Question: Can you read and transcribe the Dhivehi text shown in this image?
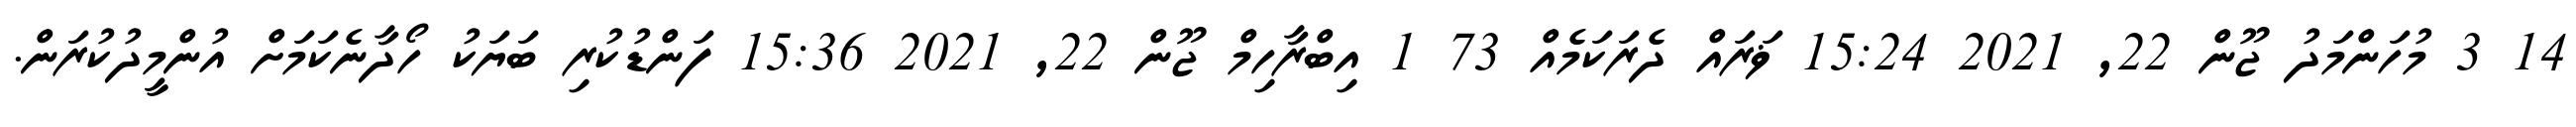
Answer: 14 3 މުހަންމަދު ޖޫން 22, 2021 15:24 ޥަރައް ދެރަކަމެއް 73 1 އިބްރާހިމް ޖޫން 22, 2021 15:36 ފަންޑުކުރި ބަޔަކު ހޯދާނެކަމަށް އުންމީދުކުރަން.